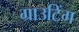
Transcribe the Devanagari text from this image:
ग्राउटिंग